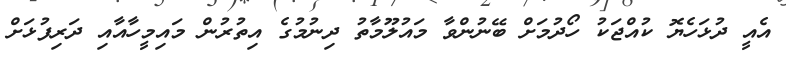
އެއީ ދުޅަހެޔޮ ކުއްޖަކު ހޯދުމަށް ބޭނުންވާ މައުލޫމާތު ދިނުމުގެ އިތުރުން މައިމީހާއާއި ދަރިފުޅަށް